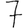
Digit: 7